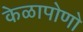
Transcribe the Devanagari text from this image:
केळापोणो